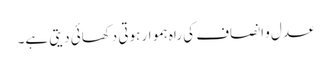
عدل و انصاف کی راہ ہموار ہوتی دکھائی دیتی ہے۔